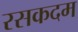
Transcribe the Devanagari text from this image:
रसकदम